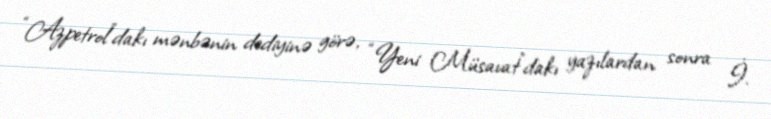
“Azpetrol”dakı mənbənin dediyinə görə, “Yeni Müsavat”dakı yazılardan sonra İ.